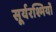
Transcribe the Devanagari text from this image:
सूर्यरश्मियों